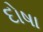
દોષા